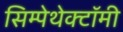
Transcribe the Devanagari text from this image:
सिम्पेथेक्टॉमी